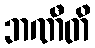
ဘဏီတိ